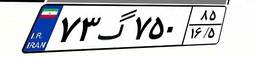
۴۶گ۷۰۷۹۹